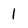
Character: 1